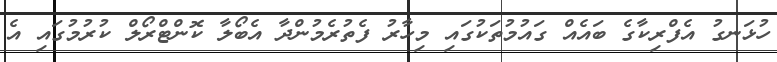
ހުޅަނގު އެފްރިކާގެ ބައެއް ގައުމުތަކުގައި މިހާރު ފެތުރެމުންދާ އެބޯލާ ކޮންޓްރޯލް ކުރުމުގައި އެ